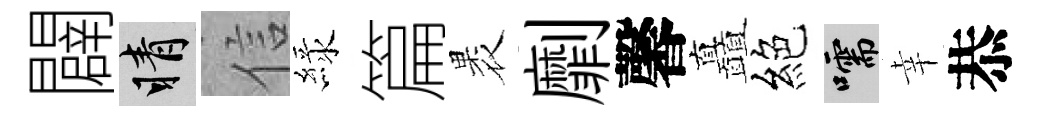
闢睛信緑篇褁劘馨矗絕嚅幸恭